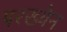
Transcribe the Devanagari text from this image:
परख्येन